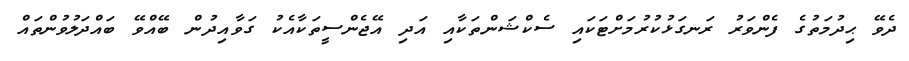
ދެވޭ ޙިދުމަތުގެ ފެންވަރު ރަނގަޅުކުރުމަށްޓަކައި ސެކްޝަންތަކާއި އަަދި އޭޖެންސީތަކާއެކު ގަވާއިދުން ބޭއްވޭ ބައްދަލުވުންތައް